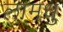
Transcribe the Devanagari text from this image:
लामधु